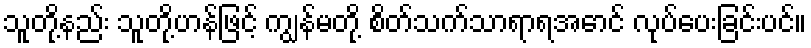
သူတို့နည်း သူတို့ဟန်ဖြင့် ကျွန်မတို့ စိတ်သက်သာရာရအောင် လုပ်ပေးခြင်းပင်။